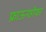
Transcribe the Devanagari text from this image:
फ्राऊनहोफर